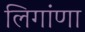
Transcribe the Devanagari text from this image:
लिगांणा